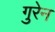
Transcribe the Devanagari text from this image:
गुरेन